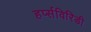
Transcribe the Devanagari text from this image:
हर्प्सविरिडी